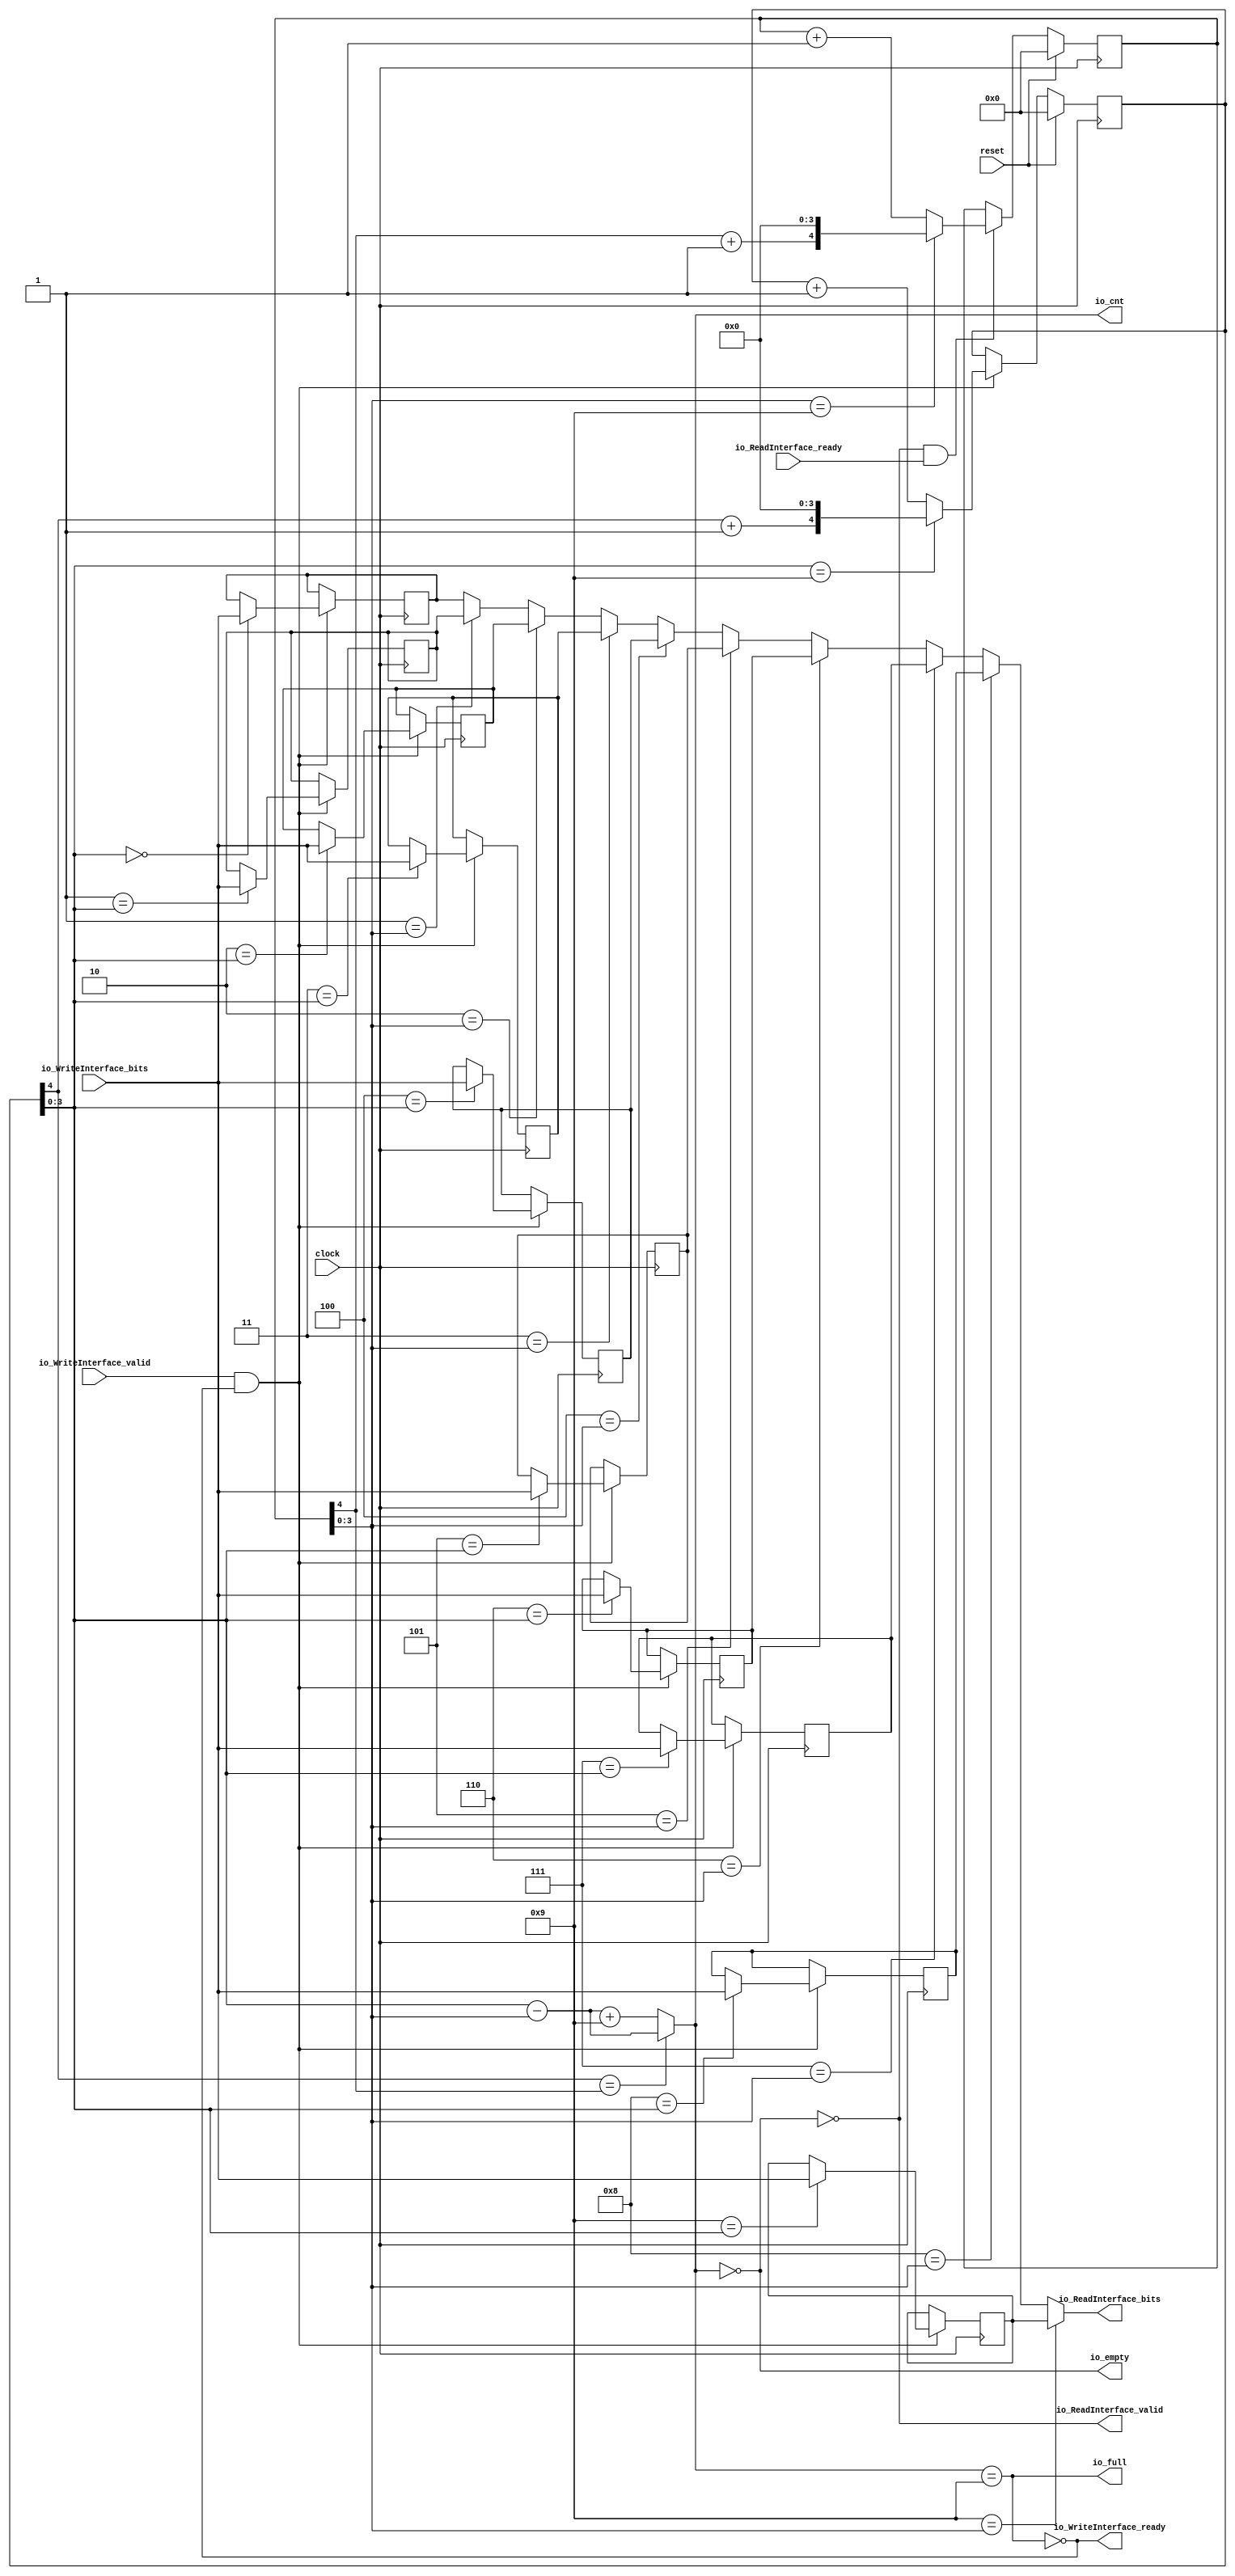
module syncFifo(
  input        clock,
  input        reset,
  output       io_WriteInterface_ready,
  input        io_WriteInterface_valid,
  input  [7:0] io_WriteInterface_bits,
  input        io_ReadInterface_ready,
  output       io_ReadInterface_valid,
  output [7:0] io_ReadInterface_bits,
  output       io_full,
  output       io_empty,
  output [3:0] io_cnt
);
`ifdef RANDOMIZE_REG_INIT
  reg [31:0] _RAND_0;
  reg [31:0] _RAND_1;
  reg [31:0] _RAND_2;
  reg [31:0] _RAND_3;
  reg [31:0] _RAND_4;
  reg [31:0] _RAND_5;
  reg [31:0] _RAND_6;
  reg [31:0] _RAND_7;
  reg [31:0] _RAND_8;
  reg [31:0] _RAND_9;
  reg [31:0] _RAND_10;
  reg [31:0] _RAND_11;
`endif // RANDOMIZE_REG_INIT
  reg [7:0] memReg_0; // @[fifo.scala 42:24]
  reg [7:0] memReg_1; // @[fifo.scala 42:24]
  reg [7:0] memReg_2; // @[fifo.scala 42:24]
  reg [7:0] memReg_3; // @[fifo.scala 42:24]
  reg [7:0] memReg_4; // @[fifo.scala 42:24]
  reg [7:0] memReg_5; // @[fifo.scala 42:24]
  reg [7:0] memReg_6; // @[fifo.scala 42:24]
  reg [7:0] memReg_7; // @[fifo.scala 42:24]
  reg [7:0] memReg_8; // @[fifo.scala 42:24]
  reg [7:0] memReg_9; // @[fifo.scala 42:24]
  wire  wen = io_WriteInterface_valid & io_WriteInterface_ready; // @[fifo.scala 45:45]
  wire  ren = io_ReadInterface_valid & io_ReadInterface_ready; // @[fifo.scala 46:45]
  reg [4:0] wrptr; // @[fifo.scala 29:29]
  wire  _wrptr_cntReg_T_2 = wrptr[4] + 1'h1; // @[fifo.scala 32:49]
  wire [4:0] _wrptr_cntReg_T_3 = {_wrptr_cntReg_T_2,4'h0}; // @[Cat.scala 31:58]
  wire [4:0] _wrptr_cntReg_T_5 = wrptr + 5'h1; // @[fifo.scala 34:34]
  reg [4:0] rdptr; // @[fifo.scala 29:29]
  wire  _rdptr_cntReg_T_2 = rdptr[4] + 1'h1; // @[fifo.scala 32:49]
  wire [4:0] _rdptr_cntReg_T_3 = {_rdptr_cntReg_T_2,4'h0}; // @[Cat.scala 31:58]
  wire [4:0] _rdptr_cntReg_T_5 = rdptr + 5'h1; // @[fifo.scala 34:34]
  wire [3:0] _io_cnt_T_6 = wrptr[3:0] - rdptr[3:0]; // @[fifo.scala 50:44]
  wire [3:0] _io_cnt_T_12 = _io_cnt_T_6 + 4'h9; // @[fifo.scala 51:64]
  wire [7:0] _GEN_25 = 4'h1 == rdptr[3:0] ? memReg_1 : memReg_0; // @[fifo.scala 61:{27,27}]
  wire [7:0] _GEN_26 = 4'h2 == rdptr[3:0] ? memReg_2 : _GEN_25; // @[fifo.scala 61:{27,27}]
  wire [7:0] _GEN_27 = 4'h3 == rdptr[3:0] ? memReg_3 : _GEN_26; // @[fifo.scala 61:{27,27}]
  wire [7:0] _GEN_28 = 4'h4 == rdptr[3:0] ? memReg_4 : _GEN_27; // @[fifo.scala 61:{27,27}]
  wire [7:0] _GEN_29 = 4'h5 == rdptr[3:0] ? memReg_5 : _GEN_28; // @[fifo.scala 61:{27,27}]
  wire [7:0] _GEN_30 = 4'h6 == rdptr[3:0] ? memReg_6 : _GEN_29; // @[fifo.scala 61:{27,27}]
  wire [7:0] _GEN_31 = 4'h7 == rdptr[3:0] ? memReg_7 : _GEN_30; // @[fifo.scala 61:{27,27}]
  wire [7:0] _GEN_32 = 4'h8 == rdptr[3:0] ? memReg_8 : _GEN_31; // @[fifo.scala 61:{27,27}]
  assign io_WriteInterface_ready = ~io_full; // @[fifo.scala 53:32]
  assign io_ReadInterface_valid = ~io_empty; // @[fifo.scala 54:32]
  assign io_ReadInterface_bits = 4'h9 == rdptr[3:0] ? memReg_9 : _GEN_32; // @[fifo.scala 61:{27,27}]
  assign io_full = io_cnt == 4'h9; // @[fifo.scala 40:29]
  assign io_empty = io_cnt == 4'h0; // @[fifo.scala 41:29]
  assign io_cnt = wrptr[4] == rdptr[4] ? _io_cnt_T_6 : _io_cnt_T_12; // @[fifo.scala 49:25]
  always @(posedge clock) begin
    if (wen) begin // @[fifo.scala 57:14]
      if (4'h0 == wrptr[3:0]) begin // @[fifo.scala 58:23]
        memReg_0 <= io_WriteInterface_bits; // @[fifo.scala 58:23]
      end
    end
    if (wen) begin // @[fifo.scala 57:14]
      if (4'h1 == wrptr[3:0]) begin // @[fifo.scala 58:23]
        memReg_1 <= io_WriteInterface_bits; // @[fifo.scala 58:23]
      end
    end
    if (wen) begin // @[fifo.scala 57:14]
      if (4'h2 == wrptr[3:0]) begin // @[fifo.scala 58:23]
        memReg_2 <= io_WriteInterface_bits; // @[fifo.scala 58:23]
      end
    end
    if (wen) begin // @[fifo.scala 57:14]
      if (4'h3 == wrptr[3:0]) begin // @[fifo.scala 58:23]
        memReg_3 <= io_WriteInterface_bits; // @[fifo.scala 58:23]
      end
    end
    if (wen) begin // @[fifo.scala 57:14]
      if (4'h4 == wrptr[3:0]) begin // @[fifo.scala 58:23]
        memReg_4 <= io_WriteInterface_bits; // @[fifo.scala 58:23]
      end
    end
    if (wen) begin // @[fifo.scala 57:14]
      if (4'h5 == wrptr[3:0]) begin // @[fifo.scala 58:23]
        memReg_5 <= io_WriteInterface_bits; // @[fifo.scala 58:23]
      end
    end
    if (wen) begin // @[fifo.scala 57:14]
      if (4'h6 == wrptr[3:0]) begin // @[fifo.scala 58:23]
        memReg_6 <= io_WriteInterface_bits; // @[fifo.scala 58:23]
      end
    end
    if (wen) begin // @[fifo.scala 57:14]
      if (4'h7 == wrptr[3:0]) begin // @[fifo.scala 58:23]
        memReg_7 <= io_WriteInterface_bits; // @[fifo.scala 58:23]
      end
    end
    if (wen) begin // @[fifo.scala 57:14]
      if (4'h8 == wrptr[3:0]) begin // @[fifo.scala 58:23]
        memReg_8 <= io_WriteInterface_bits; // @[fifo.scala 58:23]
      end
    end
    if (wen) begin // @[fifo.scala 57:14]
      if (4'h9 == wrptr[3:0]) begin // @[fifo.scala 58:23]
        memReg_9 <= io_WriteInterface_bits; // @[fifo.scala 58:23]
      end
    end
    if (reset) begin // @[fifo.scala 29:29]
      wrptr <= 5'h0; // @[fifo.scala 29:29]
    end else if (wen) begin // @[fifo.scala 30:17]
      if (wrptr[3:0] == 4'h9) begin // @[fifo.scala 31:54]
        wrptr <= _wrptr_cntReg_T_3; // @[fifo.scala 32:24]
      end else begin
        wrptr <= _wrptr_cntReg_T_5; // @[fifo.scala 34:24]
      end
    end
    if (reset) begin // @[fifo.scala 29:29]
      rdptr <= 5'h0; // @[fifo.scala 29:29]
    end else if (ren) begin // @[fifo.scala 30:17]
      if (rdptr[3:0] == 4'h9) begin // @[fifo.scala 31:54]
        rdptr <= _rdptr_cntReg_T_3; // @[fifo.scala 32:24]
      end else begin
        rdptr <= _rdptr_cntReg_T_5; // @[fifo.scala 34:24]
      end
    end
  end
// Register and memory initialization
`ifdef RANDOMIZE_GARBAGE_ASSIGN
`define RANDOMIZE
`endif
`ifdef RANDOMIZE_INVALID_ASSIGN
`define RANDOMIZE
`endif
`ifdef RANDOMIZE_REG_INIT
`define RANDOMIZE
`endif
`ifdef RANDOMIZE_MEM_INIT
`define RANDOMIZE
`endif
`ifndef RANDOM
`define RANDOM $random
`endif
`ifdef RANDOMIZE_MEM_INIT
  integer initvar;
`endif
`ifndef SYNTHESIS
`ifdef FIRRTL_BEFORE_INITIAL
`FIRRTL_BEFORE_INITIAL
`endif
initial begin
  `ifdef RANDOMIZE
    `ifdef INIT_RANDOM
      `INIT_RANDOM
    `endif
    `ifndef VERILATOR
      `ifdef RANDOMIZE_DELAY
        #`RANDOMIZE_DELAY begin end
      `else
        #0.002 begin end
      `endif
    `endif
`ifdef RANDOMIZE_REG_INIT
  _RAND_0 = {1{`RANDOM}};
  memReg_0 = _RAND_0[7:0];
  _RAND_1 = {1{`RANDOM}};
  memReg_1 = _RAND_1[7:0];
  _RAND_2 = {1{`RANDOM}};
  memReg_2 = _RAND_2[7:0];
  _RAND_3 = {1{`RANDOM}};
  memReg_3 = _RAND_3[7:0];
  _RAND_4 = {1{`RANDOM}};
  memReg_4 = _RAND_4[7:0];
  _RAND_5 = {1{`RANDOM}};
  memReg_5 = _RAND_5[7:0];
  _RAND_6 = {1{`RANDOM}};
  memReg_6 = _RAND_6[7:0];
  _RAND_7 = {1{`RANDOM}};
  memReg_7 = _RAND_7[7:0];
  _RAND_8 = {1{`RANDOM}};
  memReg_8 = _RAND_8[7:0];
  _RAND_9 = {1{`RANDOM}};
  memReg_9 = _RAND_9[7:0];
  _RAND_10 = {1{`RANDOM}};
  wrptr = _RAND_10[4:0];
  _RAND_11 = {1{`RANDOM}};
  rdptr = _RAND_11[4:0];
`endif // RANDOMIZE_REG_INIT
  `endif // RANDOMIZE
end // initial
`ifdef FIRRTL_AFTER_INITIAL
`FIRRTL_AFTER_INITIAL
`endif
`endif // SYNTHESIS
endmodule